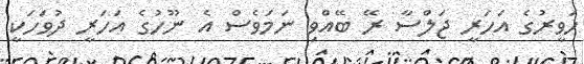
ހަވީރުގެ އަހަރީ ޖަލްސާ ރޭ ބޭއްވި ނަމަވެސް އެ ނޫހުގެ އަހަރީ ދުވަހަކީ